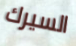
السيرك